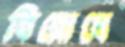
বিরোধে